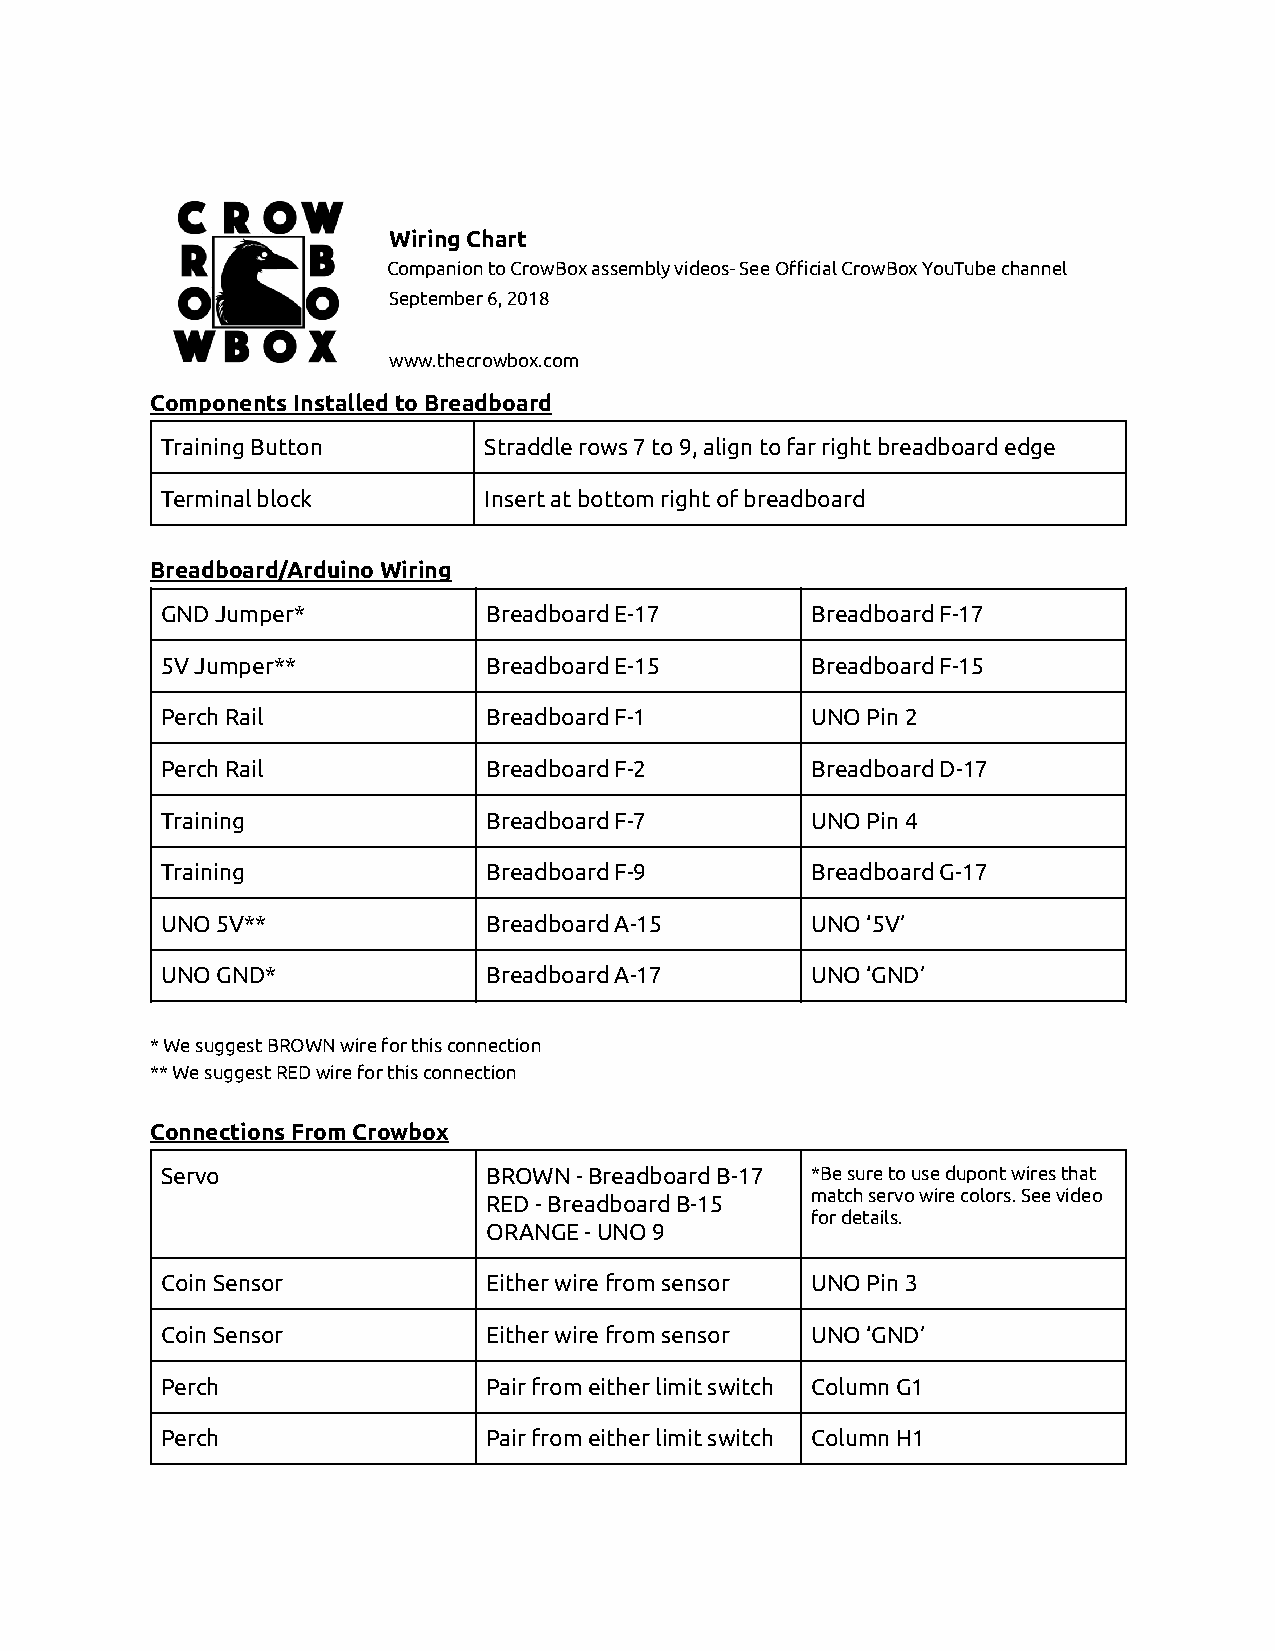
Wiring Chart
 Companion to CrowBox assembly videos- See Official CrowBox YouTube channel
 S eptember 6, 2018
 w ww.thecrowbox.com
 Components Installed to Breadboard
 Training Button      Straddle rows 7 to 9, align to far right breadboard edge
 Terminal block       Insert at bottom right of breadboard
 Breadboard/Arduino Wiring
 GND Jumper*          Breadboard E-17       Breadboard F-17
 5V Jumper**          Breadboard E-15       Breadboard F-15
 Perch Rail           Breadboard F-1        UNO Pin 2
 Perch Rail           Breadboard F-2        Breadboard D-17
 Training             Breadboard F-7        UNO Pin 4
 Training             Breadboard F-9        Breadboard G-17
 UNO 5V**             Breadboard A-15       UNO ‘5V’
 UNO GND*             Breadboard A-17       UNO ‘GND’
 * We suggest BROWN wire for this connection
 ** We suggest RED wire for this connection
 Connections From Crowbox
 Servo                BROWN - Breadboard B-17 *Be sure to use dupont wires that
 RED - Breadboard B-15 match servo wire colors. See video
 for details.
 ORANGE - UNO 9
 Coin Sensor          Either wire from sensor UNO Pin 3
 Coin Sensor          Either wire from sensor UNO ‘GND’
 Perch                Pair from either limit switch Column G1
 Perch                Pair from either limit switch Column H1